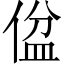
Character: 𪝕